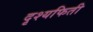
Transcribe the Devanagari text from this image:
दृश्यफिती